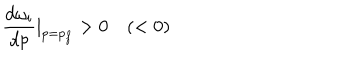
LaTeX: \frac { d \omega _ { i } } { d p } | _ { p = p _ { f } } > 0 \quad ( < 0 )